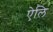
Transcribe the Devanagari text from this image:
ऐलि